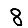
Digit: 8